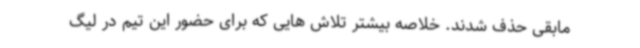
مابقی حذف شدند. خلاصه بیشتر تلاش هایی که برای حضور این تیم در لیگ